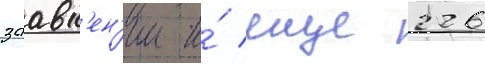
заавл'ен'ии и́ еще 226